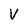
Character: V